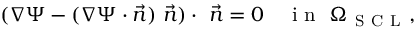
( \nabla \Psi - ( \nabla \Psi \cdot \vec { n } ) \ \vec { n } ) \cdot \ \vec { n } = 0 \quad \mathrm { ~ i ~ n ~ } \ \Omega _ { \mathrm { ~ S ~ C ~ L ~ } } ,